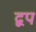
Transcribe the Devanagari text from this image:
द्वप